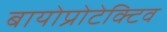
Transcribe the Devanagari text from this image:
बायोप्रोटेक्टिव